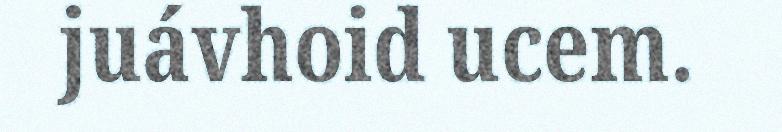
juávhoid ucem.